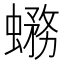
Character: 𧐙